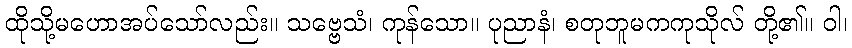
ထိုသို့မဟောအပ်သော်လည်း။ သဗ္ဗေသံ၊ ကုန်သော။ ပုညာနံ၊ စတုဘူမကကုသိုလ် တို့၏။ ဝါ၊